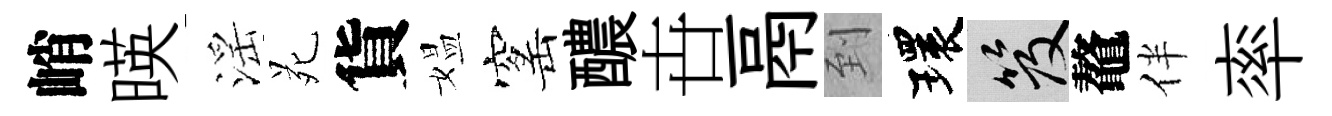
峭暎滛苑貨媪窰醲卋鬲到環笈鼇伴率